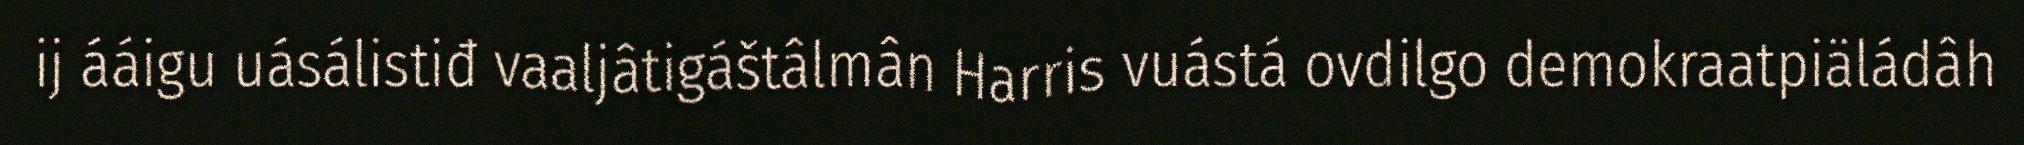
ij ááigu uásálistiđ vaaljâtigáštâlmân Harris vuástá ovdilgo demokraatpiäládâh